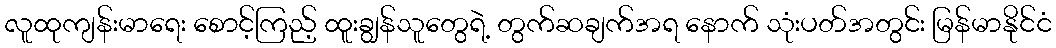
လူထုကျန်းမာရေး စောင့်ကြည့် ထူးချွန်သူတွေရဲ့ တွက်ဆချက်အရ နောက် သုံးပတ်အတွင်း မြန်မာနိုင်ငံ